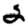
Digit: 2